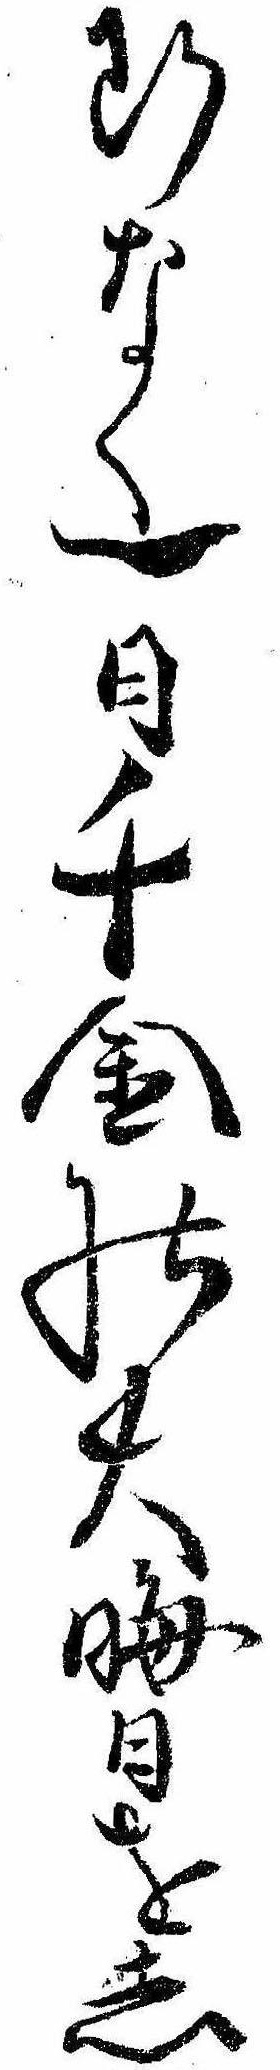
断なく一日千金の大晦日をし